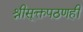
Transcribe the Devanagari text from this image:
श्रीसूक्तपठणही